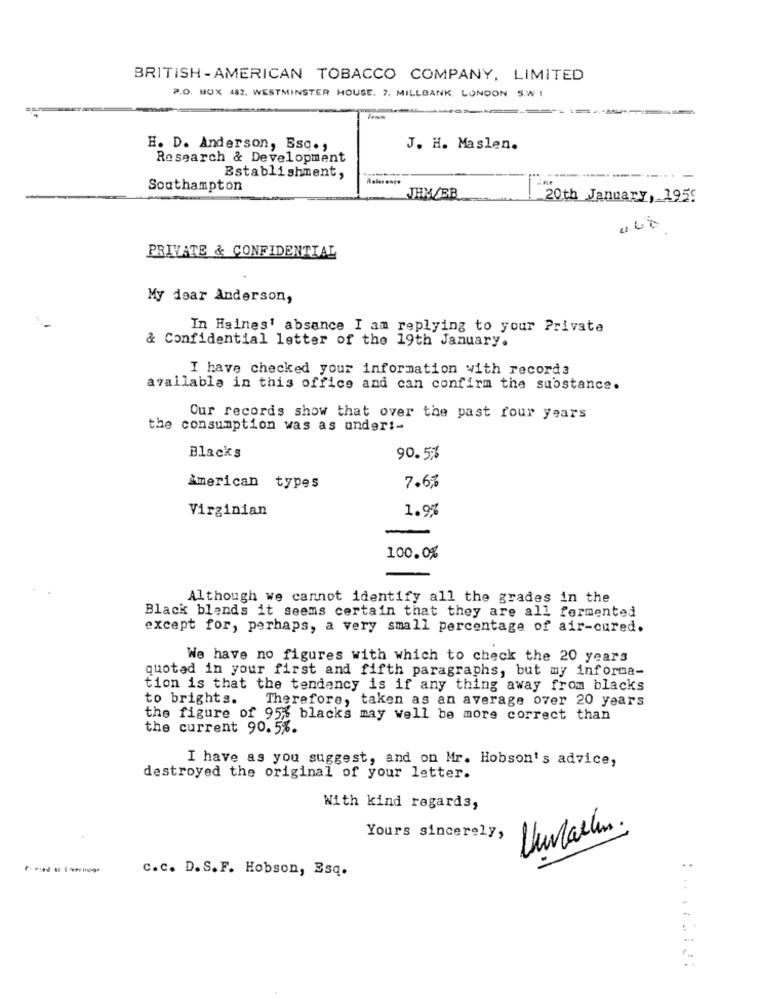
BRITISH- AMERICAN TOBACCO COMPANY, LIMITED
P.O. BOX 482. WESTMINSTER HOUSE. 7. MILLBANK. LONDON S.W 1
H. D. Anderson, Esq .,
J. H. Maslen.
Research & Development
Establishment,
--.....
Southampton
JEM/BB
_20th January, 1955
PRIVATE & CONFIDENTIAL
My dear Anderson,
In Haines' absance I am replying to your Private
& Confidential letter of the 19th January.
I have checked your information with records
available in this office and can confirm the substance.
Our records show that over the past four years
the consumption was as under :-
Blacks
90.5%
American types
7.6%
Virginian
1.9%
100.0%
Although we cannot identify all the grades in the
Black blends it seems certain that they are all fermented
except for, perhaps, a very small percentage of air-cured.
We have no figures with which to check the 20 years
quoted in your first and fifth paragraphs, but my informa-
tion is that the tendency is if any thing away from blacks
to brights.
Therefore, taken as an average over 20 years
the figure of 95% blacks may well be more correct than
the current 90.5%.
I have as you suggest, and on Mr. Hobson's advice,
destroyed the original of your letter.
With kind regards,
2
Yours sincerely,
c.c. D. S.F. Hobson, Esq.